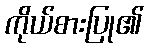
ကိုယ်စားပြု၏